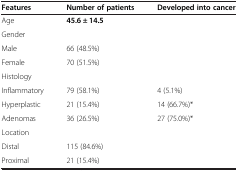
| Features | Number of patients | Developed into cancer |
 | --- | --- | --- |
 | Age | 45.6 ± 14.5 |  |
 | Gender |  |  |
 | Male | 66 (48.5%) |  |
 | Female | 70 (51.5%) |  |
 | Histology |  |  |
 | Inflammatory | 79 (58.1%) | 4 (5.1%) |
 | Hyperplastic | 21 (15.4%) | 14 (66.7%)* |
 | Adenomas | 36 (26.5%) | 27 (75.0%)* |
 | Location |  |  |
 | Distal | 115 (84.6%) |  |
 | Proximal | 21 (15.4%) |  |